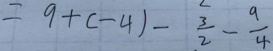
= 9 + ( - 4 ) - \frac { 3 } { 2 } - \frac { 9 } { 4 }